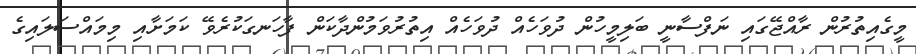
މީގެއިތުރުން ރާއްޖޭގައި ނަފްސާނީ ބަލިމީހުން ދުވަހެއް ދުވަހެއް އިތުރުވަމުންދާކަން ފާހަނގަކުރެވޭ ކަމަށާއި މިމައްސަލައިގެ